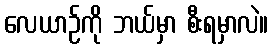
လေယာဉ်ကို ဘယ်မှာ စီးရမှာလဲ။